Annual report on the working of the mental hospitals in the Madras Presidency - 1912-1932
Year: 1912
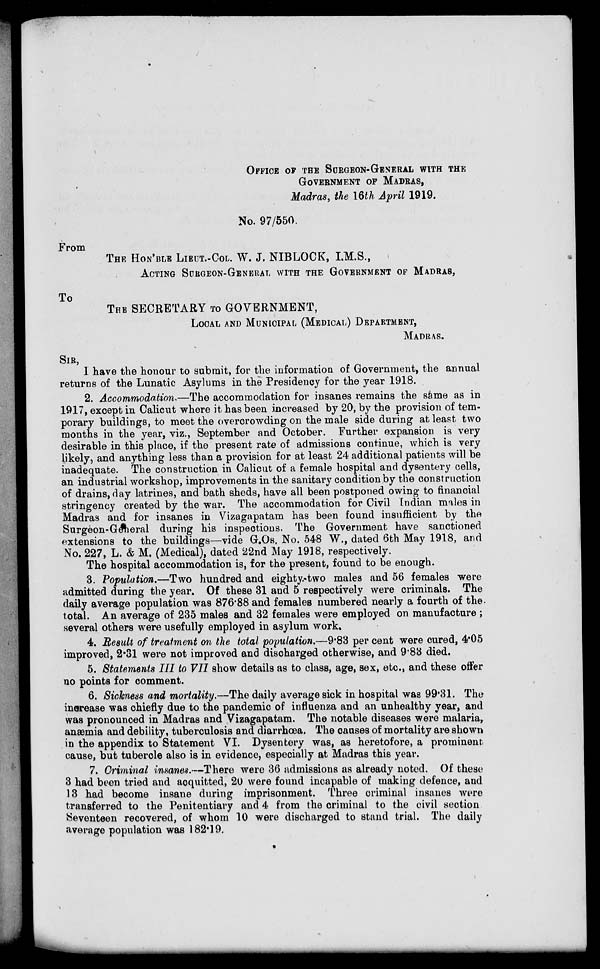
OFFICE OF THE SURGEON-GENERAL WITH THE
GOVERNMENT OF MADRAS,
Madras, the 16th April 1919.
No. 97/550.
From
THE HON'BLE LIEUT.-COL. W. J. NIBLOCK, I.M.S.,
ACTING SURGEON-GENERAL WITH THE GOVERNMENT OF MADRAS,
To
THE SECRETARY TO GOVERNMENT,
LOCAL AND MUNICIPAL (MEDICAL) DEPARTMENT,
MADRAS.
SIR,
I have the honour to submit, for the information of Government, the annual
returns of the Lunatic Asylums in the Presidency for the year 1918.
2. Accommodation.—The accommodation for insanes remains the same as in
1917, except in Calicut where it has been increased by 20, by the provision of tem-
porary buildings, to meet the overcrowding on the male side during at least two
months in the year, viz., September and October. Further expansion is very
desirable in this place, if the present rate of admissions continue, which is very
likely, and anything less than a provision for at least 24 additional patients will be
inadequate. The construction in Calicut of a female hospital and dysentery cells,
an industrial workshop, improvements in the sanitary condition by the construction
of drains, day latrines, and bath sheds, have all been postponed owing to financial
stringency created by the war. The accommodation for Civil Indian males in
Madras and for insanes in Vizagapatam has been found insufficient by the
Surgeon-General during his inspections. The Government have sanctioned
extensions to the buildings—vide G.Os. No. 548 W., dated 6th May 1918, and
No. 227, L. & M. (Medical), dated 22nd May 1918, respectively.
The hospital accommodation is, for the present, found to be enough.
3. Population.—Two hundred and eighty.-two males and 56 females were
admitted during the year. Of these 31 and 5 respectively were criminals. The
daily average population was 876.88 and females numbered nearly a fourth of the
total. An average of 235 males and 32 females were employed on manufacture ;
several others were usefully employed in asylum work.
4. Result of treatment on the total population.—9.83 per cent were cured, 4.05
improved, 2.31 were not improved and discharged otherwise, and 9.83 died.
5. Statements III to VII show details as to class, age, sex, etc., and these offer
no points for comment.
6. Sickness and mortality.—The daily average sick in hospital was 99.31. The
increase was chiefly due to the pandemic of influenza and an unhealthy year, and
was pronounced in Madras and Vizagapatam. The notable diseases were malaria,
anæmia and debility, tuberculosis and diarrhœa. The causes of mortality are shown
in the appendix to Statement VI. Dysentery was, as heretofore, a prominent
cause, but tubercle also is in evidence, especially at Madras this year.
7. Criminal insanes.—There were 36 admissions as already noted. Of these
3 had been tried and acquitted, 20 were found incapable of making defence, and
13 had become insane during imprisonment. Three criminal insanes were
transferred to the Penitentiary and 4 from the criminal to the civil section
Seventeen recovered, of whom 10 were discharged to stand trial. The daily
average population was 182.19.